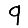
Digit: 9